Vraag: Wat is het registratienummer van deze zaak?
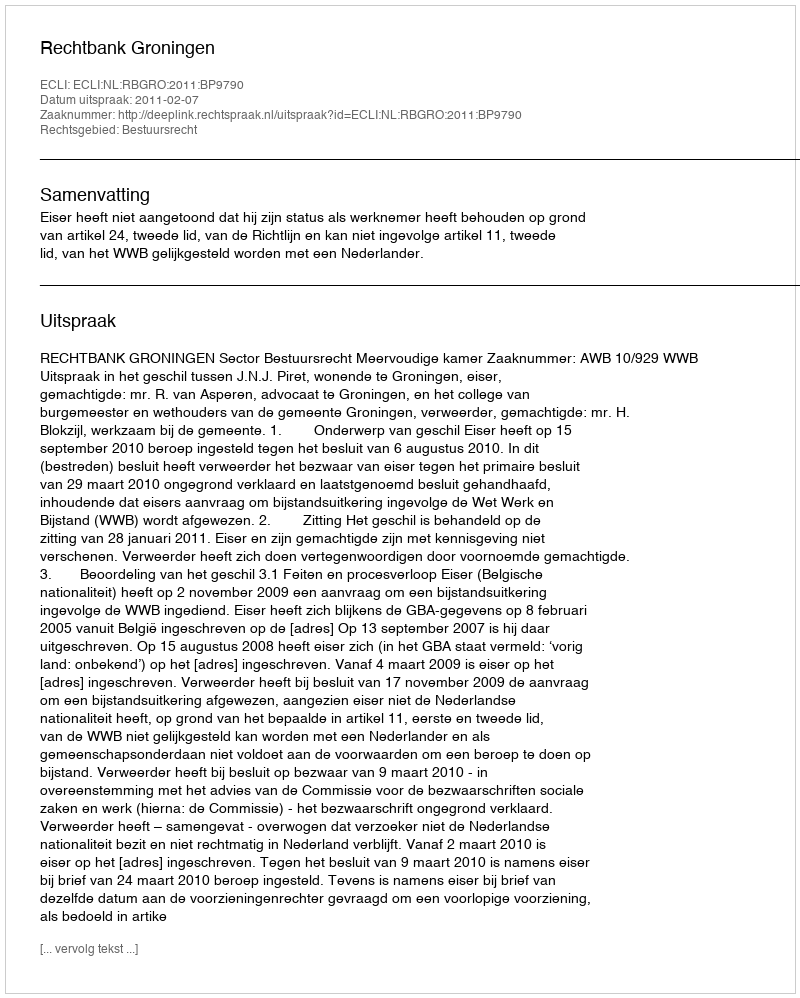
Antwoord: http://deeplink.rechtspraak.nl/uitspraak?id=ECLI:NL:RBGRO:2011:BP9790